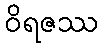
ဝိရဇဿ